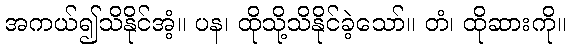
အကယ်၍သိနိုင်အံ့။ ပန၊ ထိုသို့သိနိုင်ခဲ့သော်။ တံ၊ ထိုဆားကို။